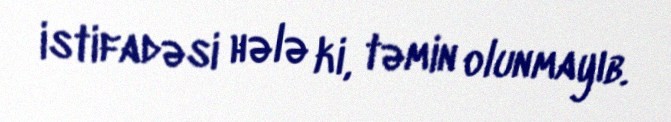
istifadəsi hələ ki, təmin olunmayıb.